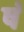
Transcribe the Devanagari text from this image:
षं